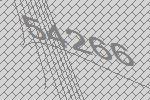
54266